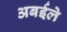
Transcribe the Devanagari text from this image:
अबईले